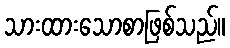
သားထားသောစာဖြစ်သည်။